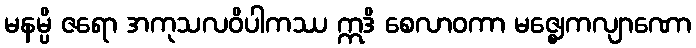
မနမ္ပိ ဇရော အကုသလဝိပါကဿ ဣဒိ စေလာဝကာ မဇ္ဈေကလျာဏော